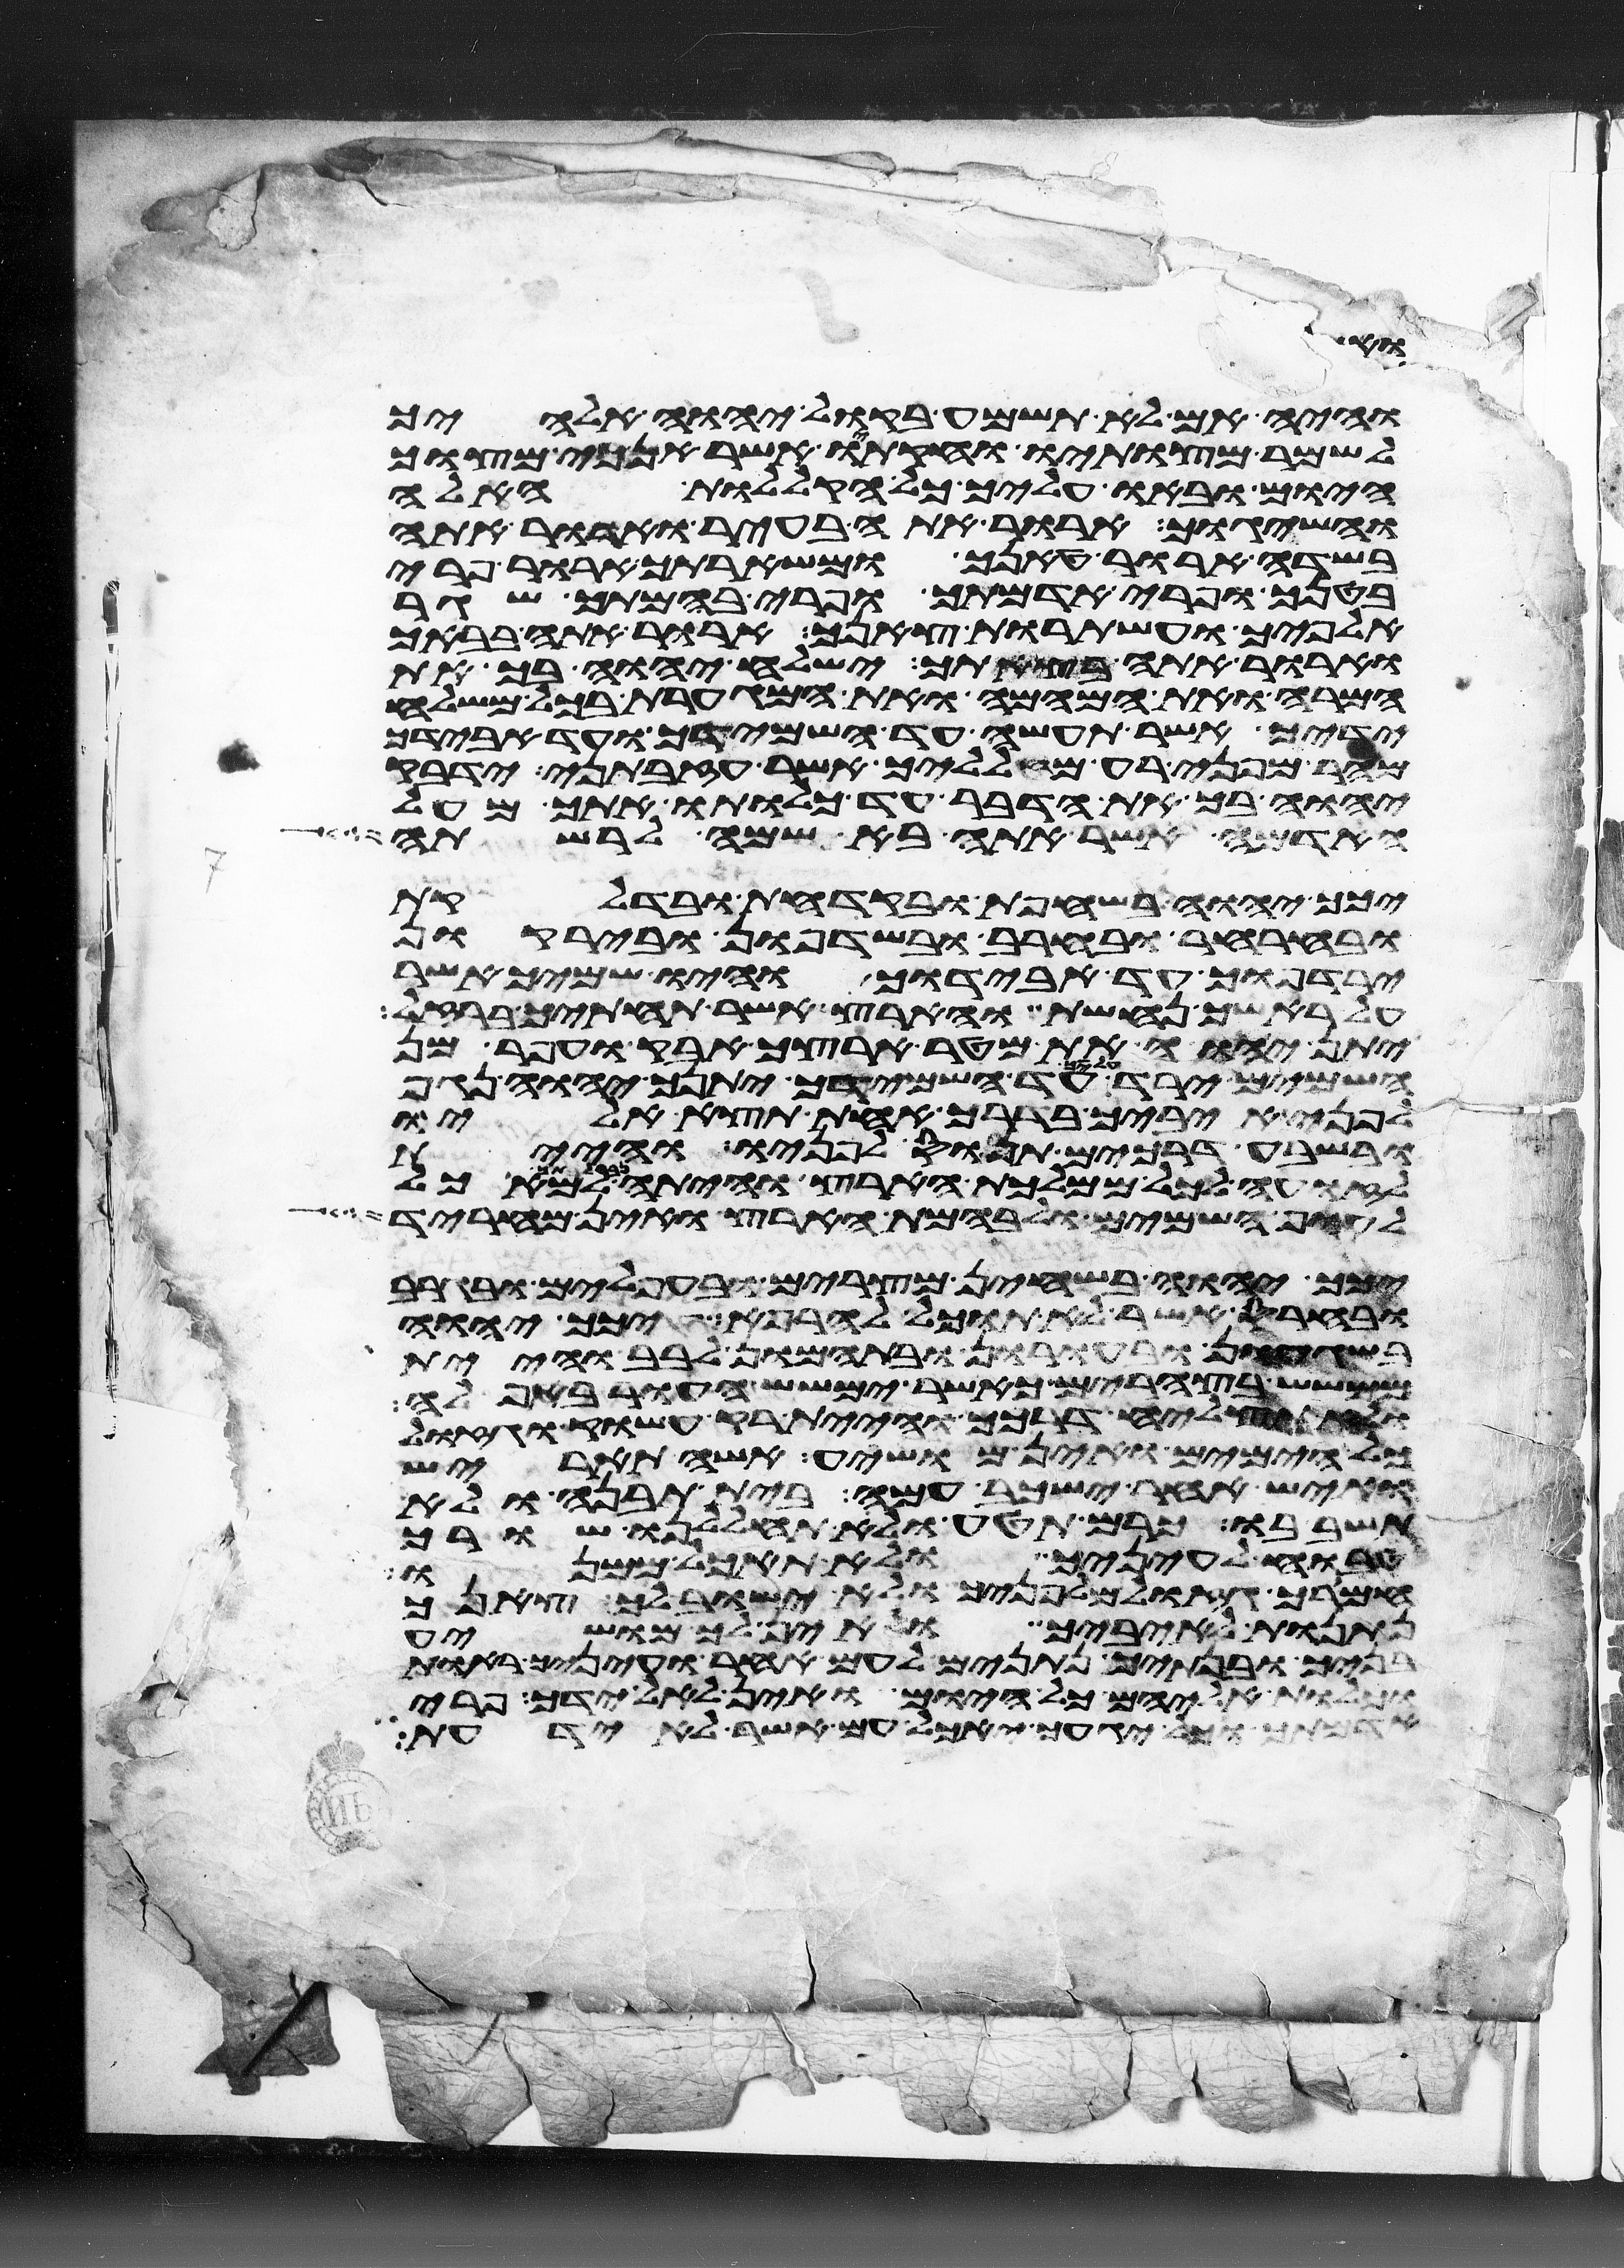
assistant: והיה אם לא תשמע בקול יהוה אלהיך
לשמר מצותיו וחקתיו אשר אנכי מצוך
היום ובאו עליך כל הקללות האלה
והשיגוך ארור אתה בעיר וארור אתה
בשדה ארור טנאך ומשארתך ארור פרי
בטנך ופרי אדמתך ופרי בהמתך שגר
אלפיך ועשתרות צאנך ארור אתה בבאך
וארור אתה בצאתך ישלח יהוה בך את
המרה ואת המהמה ואת המגערת בכל משלח
ידיך אשר תעשה עד השמידך ועד אבידך
מהר מפני רע מעלליך אשר עזבתני ידבק
יהוה בך את הדבר עד כלותו אתך מעל
האדמה אשר אתה בא שמה לרשתה
יכך יהוה בשחפת ובקדחת ובדלקת
ובחרחר ובחרב ובשדפון ובירקון
ירדפוך עד אבידוך והיו שמיך אשר
על ראשך נחשת והארץ אשר תחתיך ברזל
יתן יהוה את מטר ארצך אבק ועפר מן
השמים ירד עליך עד השמידך יתנך יהוה נגף
לפני איביך בדרך אחת תצא אליו
ובשבעה דרכים תנוס לפניו והיית
לזועה לכל ממלכת הארץ והיתה נבלתך למאכל
לעוף השמים ולבהמת הארץ ואין מחריד
יכך יהוה בשחין מצרים ובעפלים ובגרב
ובחרס אשר לא תוכל להרפא יכך יהוה
בשגעון ובעורון ובתמהון לבב והיית
ממשש בצהרים כאשר ימשש העור באפלה
ולא תצליח דרכך והיית רק עשוק וגזול
כל הימים ואין מושיע אשה תארש
ואיש אחר ישכב עמה בית תבנה ולא
תשב בו כרם תטע ולא תחללנו שורך
טבוח לעיניך ולא תאכל ממנו
חמורך גזול מלפניך ולא ישוב לך צאנך
נתנות לאיביך ואין לך מושיע
בניך ובנתיך נתנים לעם אחר ועיניך ראות
וכלות אליהם כל היום ואין לאל ידך פרי
אדמתך וכל יגעך יאכל עם אשר לא ידעת